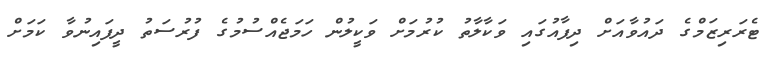
ޓެރަރިޒަމްގެ ދައުވާއަށް ދިފާއުގައި ވަކާލާތު ކުރުމަށް ވަކީލުން ހަމަޖެއްސުމުގެ ފުރުސަތު ދީފައިނުވާ ކަމަށް